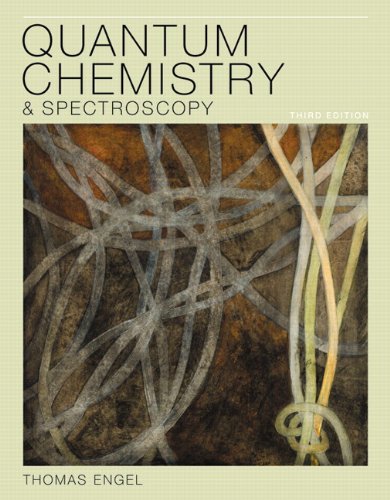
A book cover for Quantum Chemistry and Spectroscopy (3rd Edition); Thomas Engel; Science & Math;